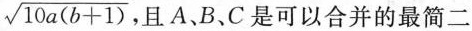
$$\sqrt{10a(b+1)}$$ ，且A、B、C是可以合并的最简二